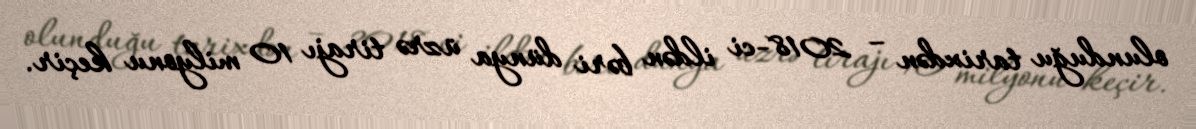
olunduğu tarixdən – 2018-ci ildən bəri dünya üzrə tirajı 10 milyonu keçir.